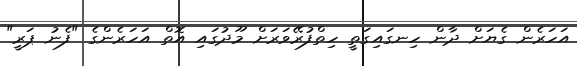
އަހަރެން ގެޔަށް ދާން ހިނގައިގަތީ ހިތްފުރޭވަރަށް މޫދުގައި އޮތް އަހަރެންގެ "ފެނު ޕަރީ"